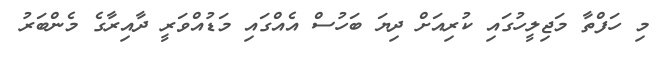
މި ހަފްތާ މަޖިލީހުގައި ކުރިއަށް ދިޔަ ބަހުސް އެއްގައި މަޑުއްވަރީ ދާއިރާގެ މެންބަރު